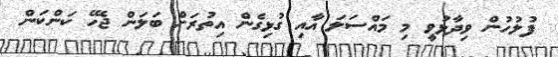
ފުލުހުން ވިދާޅުވީ މި މައްސަލަ އާއި ގުޅިގެން އިތުރަށް ބަލަން ޖެހޭ ކަންކަން